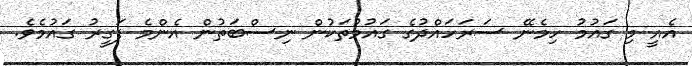
އެއީ މި ގައުމު ހިމެނޭ ސަރަހައްދުގެ ގައުމުތަކުން ނިސްބަތުން އެންމެ ފަގީރު ގައުމެވެ.